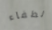
لطفاء